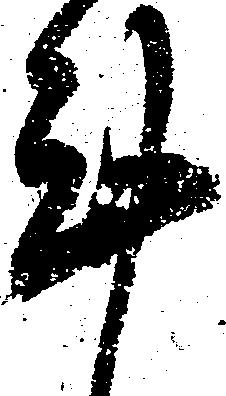
謹